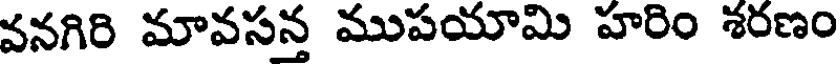
వనగిరి మావసన్త ముపయామి హరిం శరణం